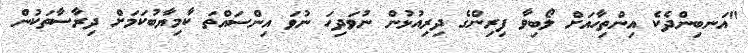
"އަނބިންދެކެ އިންތިހާއަށް ލޯބިވާ ފިރިންގެ ދިރިއުޅުން ނުވަދިހަ ނުވަ އިންސައްތަ ކާމިޔާބުކަމަށް ދިރާސާތަކުން